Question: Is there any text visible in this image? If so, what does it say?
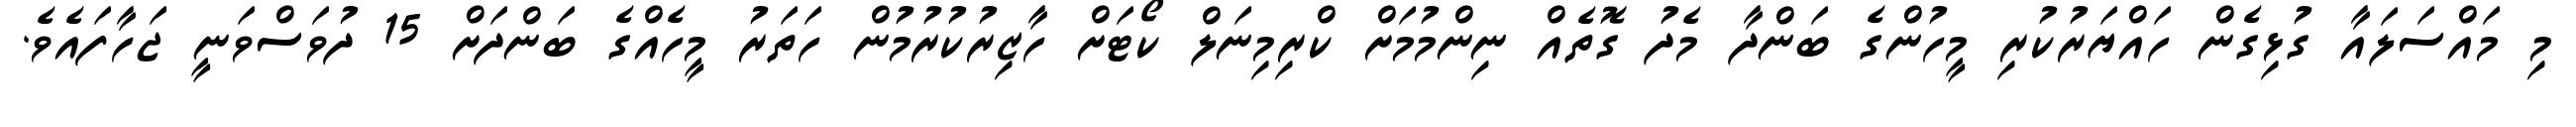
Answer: މި މައްސަލައާ ގުޅިގެން ހައްޔަރުކުރި މީހުންގެ ބަންދާ މެދު ގޮތެއް ނިންމުމަށް ކްރިމިނަލް ކޯޓަށް ހާޒިރުކުރުމުން ހަތަރު މީހެއްގެ ބަންދަށް 15 ދުވަސްވަނީ ޖަހާފައެވެ.